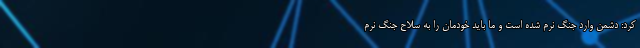
کرد: دشمن وارد جنگ نرم شده است و ما باید خودمان را به سلاح جنگ نرم